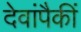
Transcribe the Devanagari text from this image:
देवांपैकीं